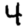
Digit: 4